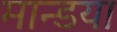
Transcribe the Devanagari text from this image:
मान्डया